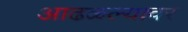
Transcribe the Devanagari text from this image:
आढळल्यावर